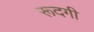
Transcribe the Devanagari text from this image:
रूदगी